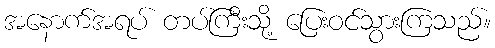
အနောက်အရပ် တပ်ကြီးသို့ ပြေးဝင်သွားကြသည်။